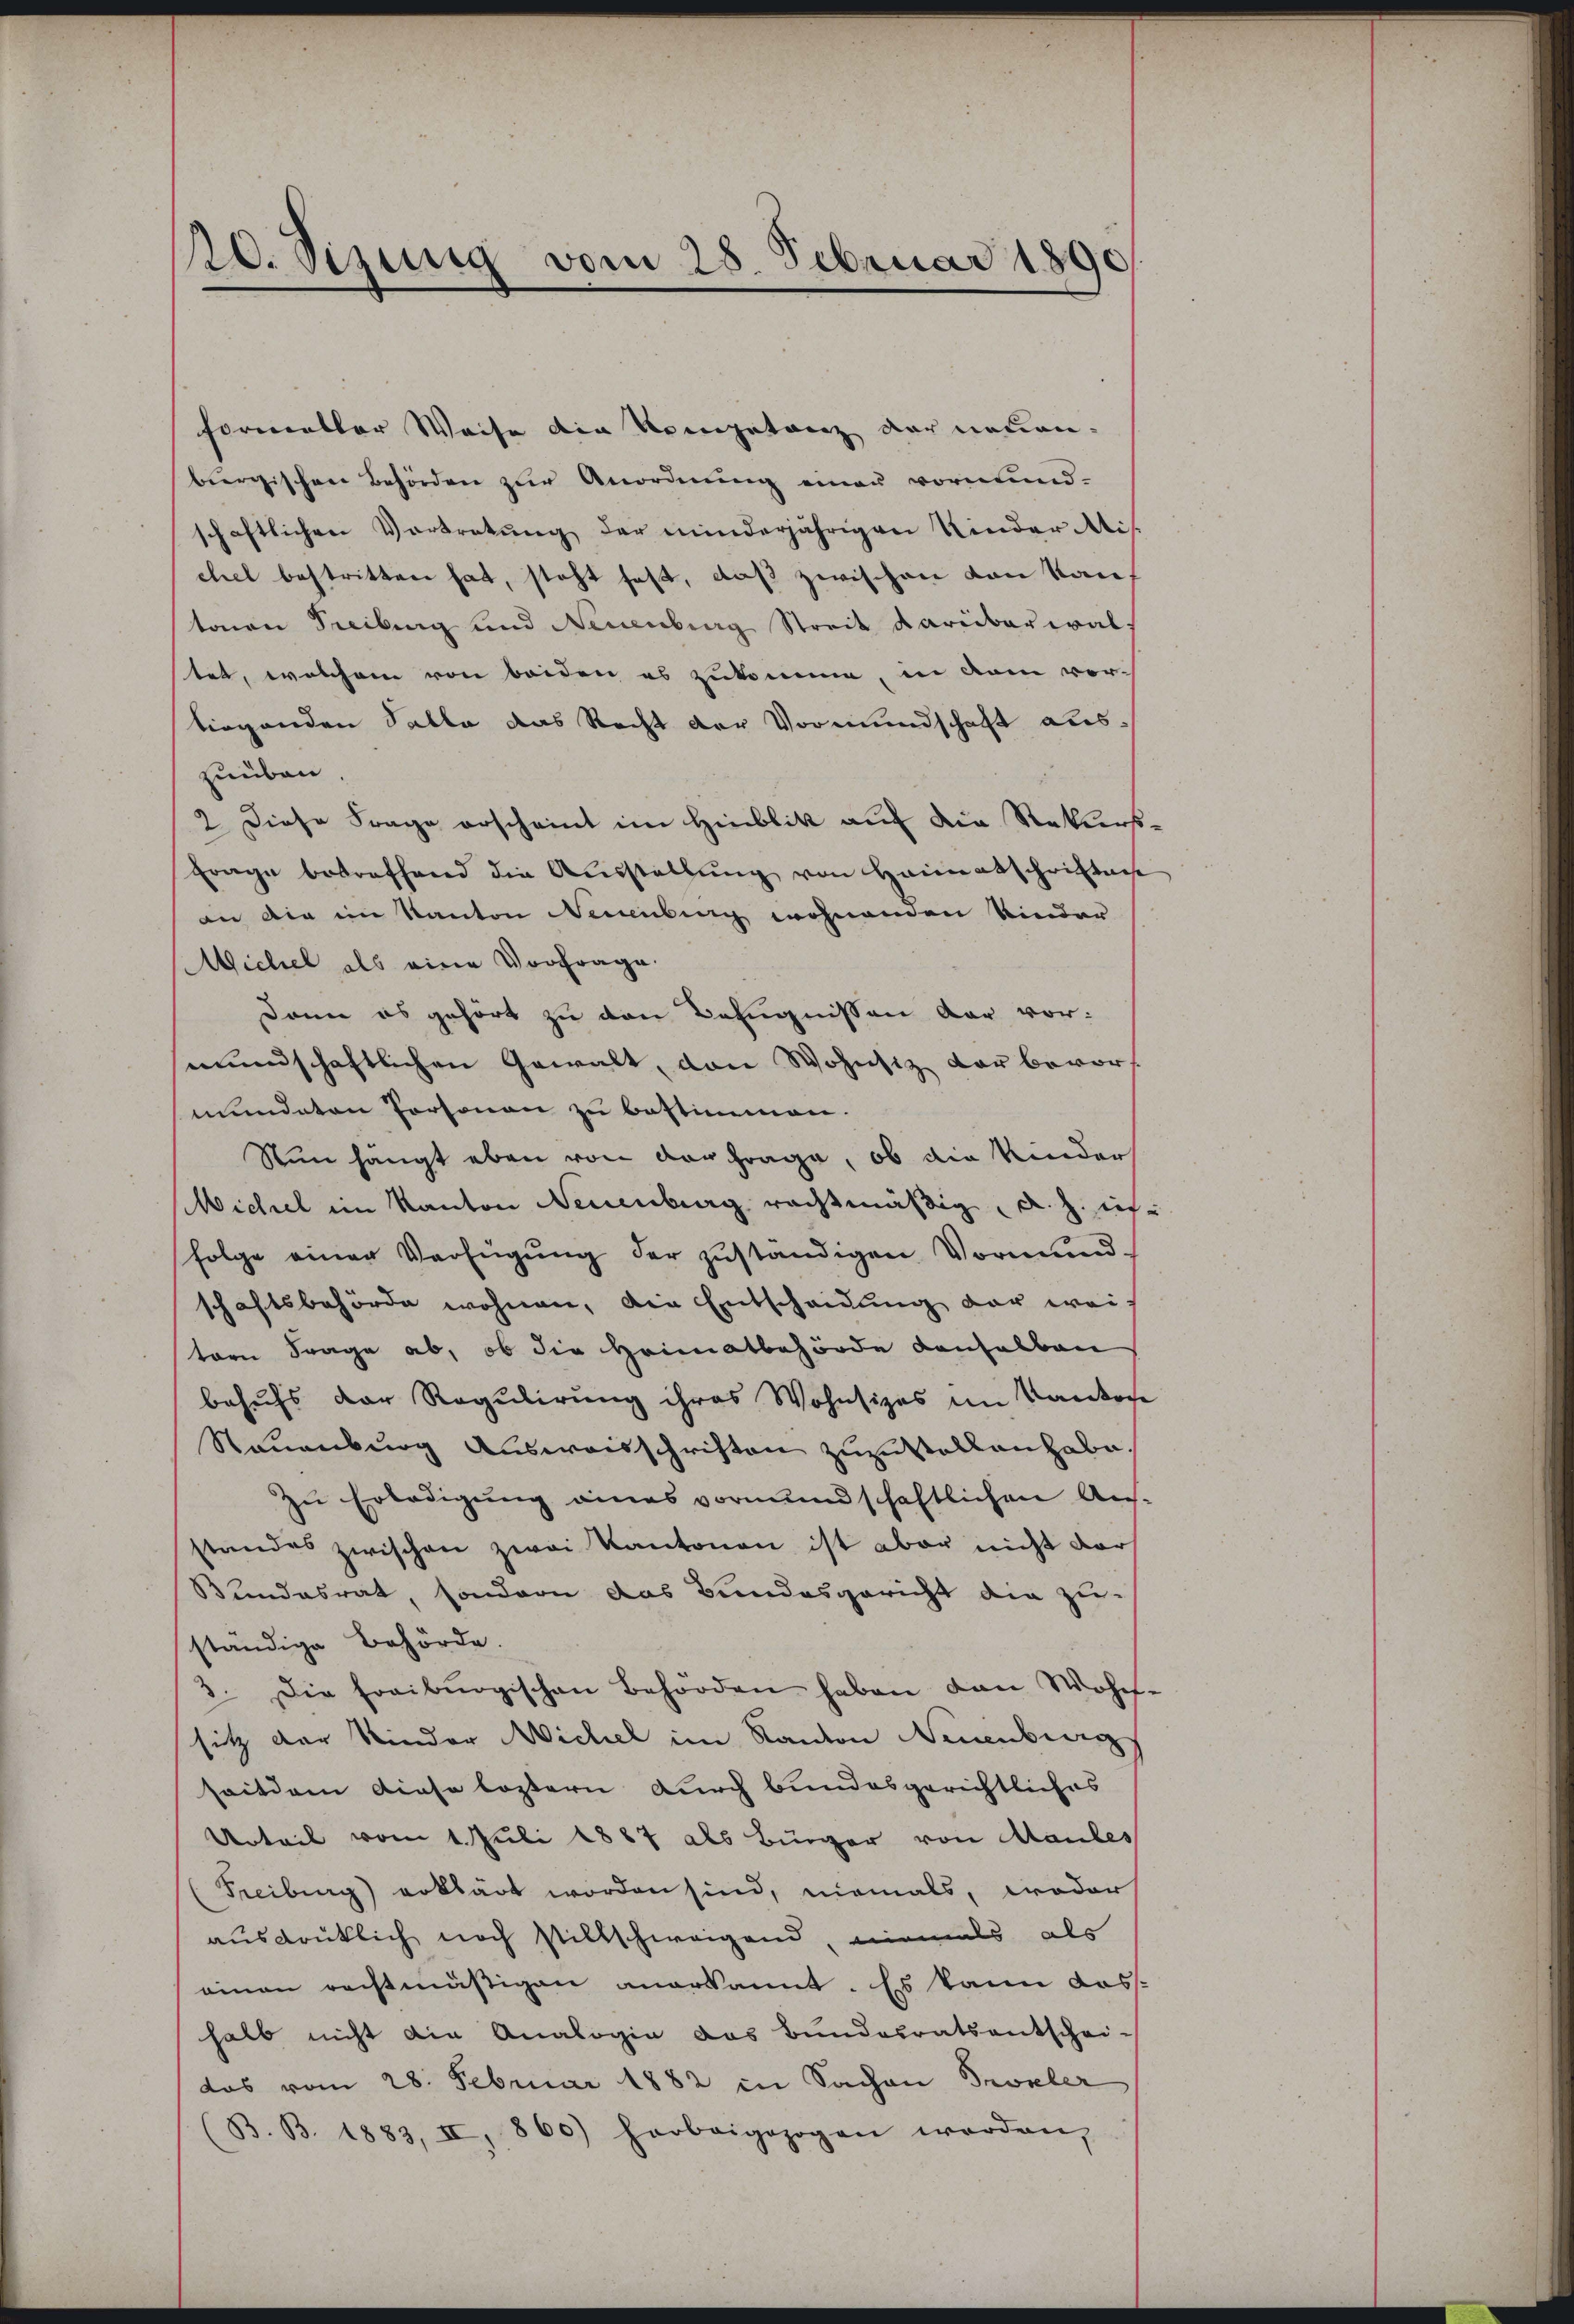
20. Sizung vom 28. Februar 1890

formator Weise die Kompetanz der neuen.
burgischen Behörden zur Anordnŭng einer vormund-
schaftlichen Vortretŭng der minderjährigen Kinder Ais-
chel bestritten hat, steht fest, daß zwischen von kantonen Treiburg und Neuenburg Streit darüberwal
stet, welchem von beiden es zukomme, in dem vortirgenden Salle das Recht der Vormundschaft auszuüben.
2. Diese Frage erscheint im Hinblik auf die Rekurs¬
Frage betreffend die Ausstellŭng von Heimatschriften
an die im Kanton Neuenburg wohnenden Kinder
Michel als eine Vorfrage.
Dann es gehört zu den Befugnissen dar vor:
mundschaftlichen Gewalt, von Wohnsiz der bevor-
mündeten Personen zu bestimmen.
Nun hängt eben von der Frage, ob die Kinder
Wichel im Kanton Neuenburg rechtmäßig, d. h. ich
folge einer Verfügŭng der zŭständigen Vormund.
schaftsbehörde wohnen, die Entscheidung der wei-
tern Frage ab, ob die Heimatbehörde denselben
behufs der Regulirung ihres Wohnsizes im Kantone
Stauenburg Ausweisschriften zuzustellen habe.
Zu Erledigung eines vormundschaftlichen Aus-
standes zwischen zwei Kantonen ist aber nicht darf
Bundesrat, sondern das Bundesgericht die zu-
ständige Behörde.
3. Die Freiburgischen Behörden haben dann Wohns-
sitz der Kinder Wichel im Kanton Neuenburg
seitdem diese lostern durch bundesgerichtliches
Urteil vom 1. Juli 1887 als Bürger von Maules
Freiburg) erklärt worden sind, niemals, wodar
ausdrüklich noch stillschweigend, niemals als
einen rechtmäßigen anerkannt. Es kann das
halb nicht die Analogie das Bundesratsentschei-
das vom 28. Februar 1882 in Sachen Prokler
(B. B. 1883, II, 860) herbeigezogen werden,